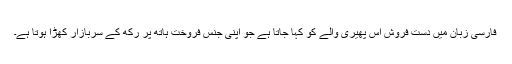
فارسی زبان میں دست فروش اس پھیری والے کو کہا جاتا ہے جو اپنی جنس فروخت ہاتھ پر رکھ کے سربازار کھڑا ہوتا ہے۔